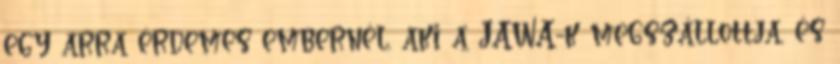
egy arra érdemes embernél, aki a JAWA-k megszállottja, és